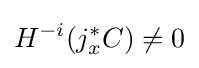
H^{-i}(j_{x}^{*}C)\neq 0